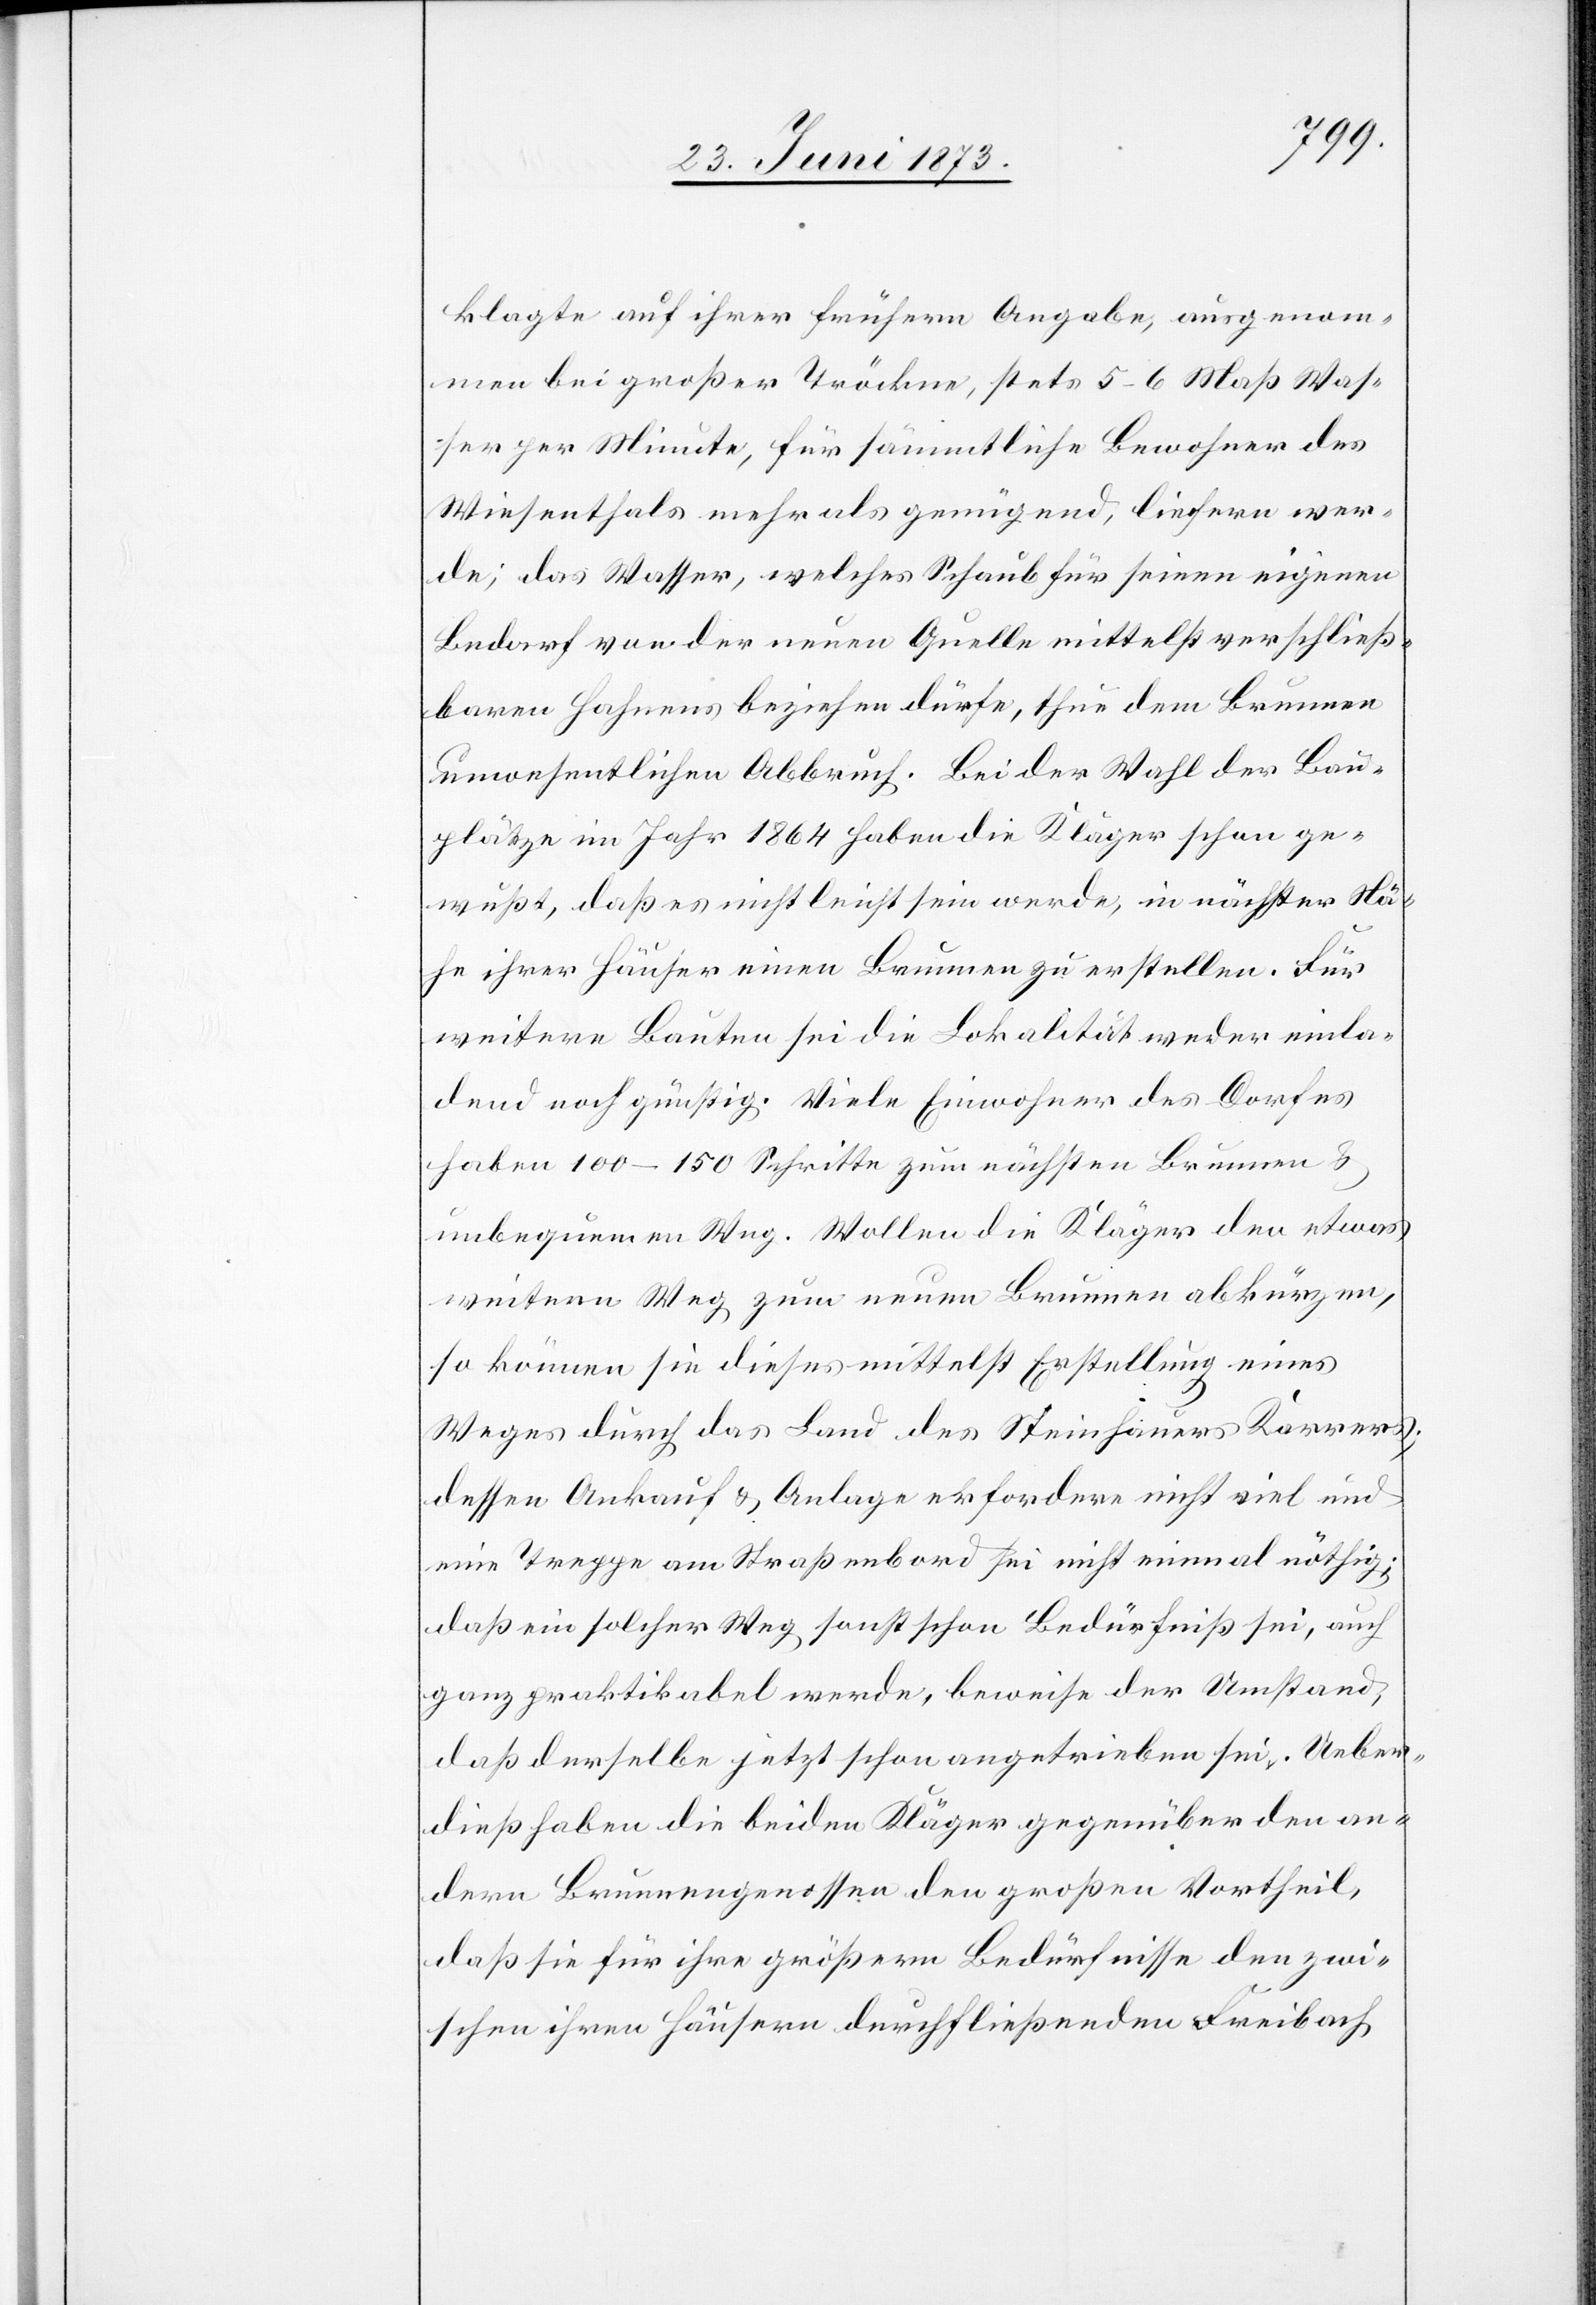
klagte auf ihrer frühern Angabe, ausgenom¬
men bei großer Tröckne, stets 5–6 Maß Was¬
ser per Minute, für sämmtliche Bewohner des
Wiesenthals mehr als genügend, liefern wer¬
de; das Wasser, welches Schaub für seinen eigenen
Bedarf von der neuen Quelle mittelst verschließ¬
baren Hahnens beziehen dürfe, thue dem Brunnen
unwesentlichen Abbruch. Bei der Wahl der Bau¬
plätze im Jahr 1864 haben die Kläger schon ge¬
wußt, daß es nicht leicht sein werde, in nächster Nä¬
he ihrer Häuser einen Brunnen zu erstellen. Für
weitere Bauten sei die Lokalität weder einla¬
dend noch günstig. Viele Einwohner des Dorfes
haben 100–150 Schritte zum nächsten Brunnen &
unbequemen Weg. Wollen die Kläger den etwas
weitern Weg zum neuen Brunnen abkürzen,
so können sie dieses mittelst Erstellung eines
Weges durch das Land des Steinhauers Karrers;
dessen Ankauf & Anlage erfordere nicht viel und
eine Treppe am Straßenbord sei nicht einmal nöthig;
daß ein solcher Weg sonst schon Bedürfniß sei, auch
ganz praktikabel werde, beweise der Umstand,
daß derselbe jetzt schon angetrieben sei. Ueber¬
dieß haben die beiden Kläger gegenüber den an¬
dern Brunnengenossen den großen Vortheil,
daß sie für ihre größern Bedürfnisse den zwi¬
schen ihren Häusern durchfließenden Freibach